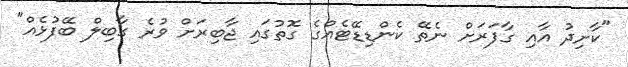
"ކާށިދު އާއި ގާފަރަށް ނެތޭ ކެންޑިޑޭޓެއްގެ ގޮތުގައި ޖާބިރަށް ވުރެ ގާބިލް ބޭފުޅެއް"